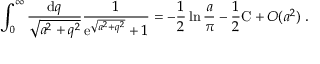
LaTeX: \int _ { 0 } ^ { \infty } \frac { \mathrm { d } q } { \sqrt { a ^ { 2 } + q ^ { 2 } } } \frac { 1 } { \mathrm { e } ^ { \sqrt { a ^ { 2 } + q ^ { 2 } } } + 1 } = - \frac { 1 } { 2 } \ln \frac { a } { \pi } - \frac { 1 } { 2 } \mathrm { C } + O ( a ^ { 2 } ) \ .